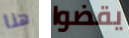
هنا يقضوا